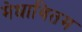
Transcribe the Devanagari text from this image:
मेधावितम